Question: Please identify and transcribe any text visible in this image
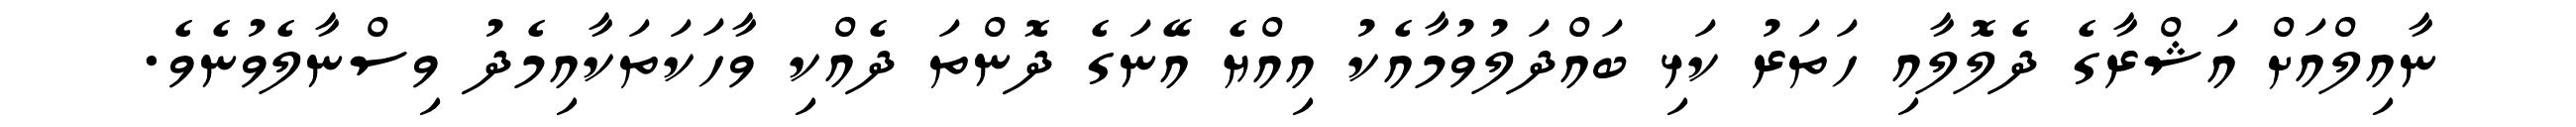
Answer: ނާއިލްއަށް އަޝްރާގެ ދެލޮލާއި ހަތަރު ކަޅި ބައްދަލުވުމާއެކު އިއްޔެ އޭނަގެ ދޮންތަ ދެއްކި ވާހަކަތަކާއިމެދު ވިސްނާލެވުނެވެ.